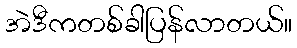
အဲဒီကတစ်ခါပြန်လာတယ်။